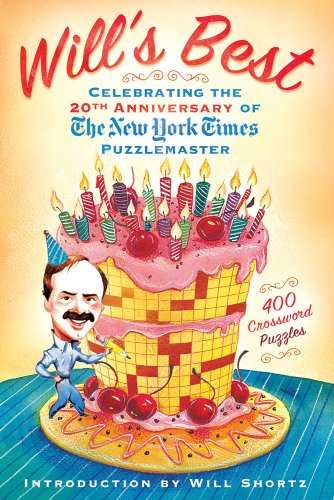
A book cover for Will's Best: Celebrating the 20th Anniversary of The New York Times Puzzlemaster: 400 Crossword Puzzles and Introduction by Will Shortz; The New York Times; Humor & Entertainment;